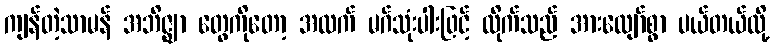
ကျန်တဲ့သာမန် အဘိဇ္ဈာ တွေကိုတော့ အထက် မဂ်သုံးပါးဖြင့် ထိုက်သည် အားလျော်စွာ ပယ်တယ်လို့